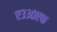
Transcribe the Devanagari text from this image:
ए३३०एफ